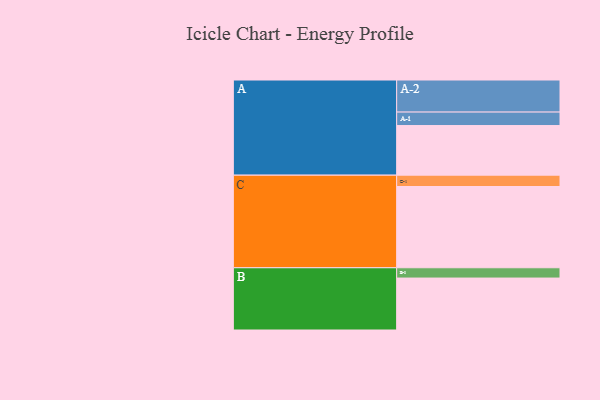
{"axis": {"x": "Segment", "y": "Value"}, "legend": ["", "A", "B", "C"], "data": [{"x": "A", "y": 342, "type": ""}, {"x": "B", "y": 358, "type": ""}, {"x": "C", "y": 560, "type": ""}, {"x": "A-1", "y": 93, "type": "A"}, {"x": "A-2", "y": 221, "type": "A"}, {"x": "B-1", "y": 71, "type": "B"}, {"x": "C-1", "y": 78, "type": "C"}]}